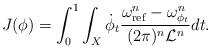
LaTeX: \begin{align*}J(\phi)=\int_0^1 \int_{X} \dot{\phi}_t \frac{\omega_{\mathrm{ref}}^n-\omega_{\phi_t}^n}{(2\pi)^n\mathcal{L}^n} dt.\end{align*}